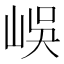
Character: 𡷤